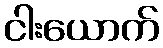
ငါးယောက်